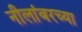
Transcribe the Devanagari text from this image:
नीलांबरच्या